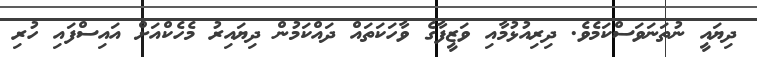
ދިޔައީ ނުތަނަވަސްކަމެވެ. ދިރިއުޅުމާއި ވަޒީފާގެ ވާހަކަތައް ދައްކަމުން ދިޔައިރު މެހެކްއަށް އައިސްފައި ހުރި